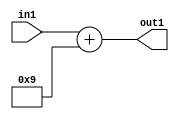
`timescale 1ps / 1ps
/*****************************************************************************
    Verilog RTL Description
    
    
    Created by: Stratus DpOpt 21.05.01 
*******************************************************************************/

module SobelFilter_Add2i9u4_4 (
	in1,
	out1
	); /* architecture "behavioural" */ 
input [3:0] in1;
output [4:0] out1;
wire [4:0] asc001;

assign asc001 = 
	+(in1)
	+(5'B01001);

assign out1 = asc001;
endmodule

/* CADENCE  urf0TQA= : u9/ySxbfrwZIxEzHVQQV8Q== ** DO NOT EDIT THIS LINE ******/